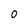
Character: 0